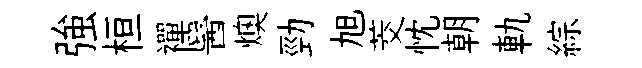
強桓襌醫燠勁旭茭忱朝軌綜